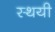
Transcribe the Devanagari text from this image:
स्‍थयी